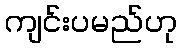
ကျင်းပမည်ဟု